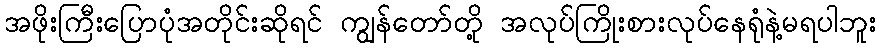
အဖိုးကြီးပြောပုံအတိုင်းဆိုရင် ကျွန်တော်တို့ အလုပ်ကြိုးစားလုပ်နေရုံနဲ့မရပါဘူး